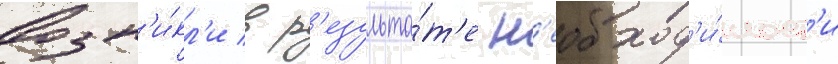
возн'и́кл'и в р'езульта́т'е н'еобход'и́мост'и